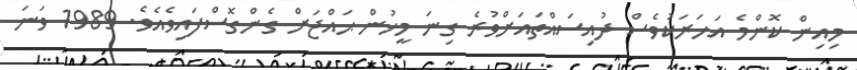
މިއިން ކޮންމެ އަހަރަކުވެސް ދުއިސައްތައަށްވުރެ ގިނަ މީހުން ޙައްޖަށް ގެންގޮސްފައިވެއެވެ. 1989 ވަނަ